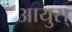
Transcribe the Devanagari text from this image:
आयुस्‌